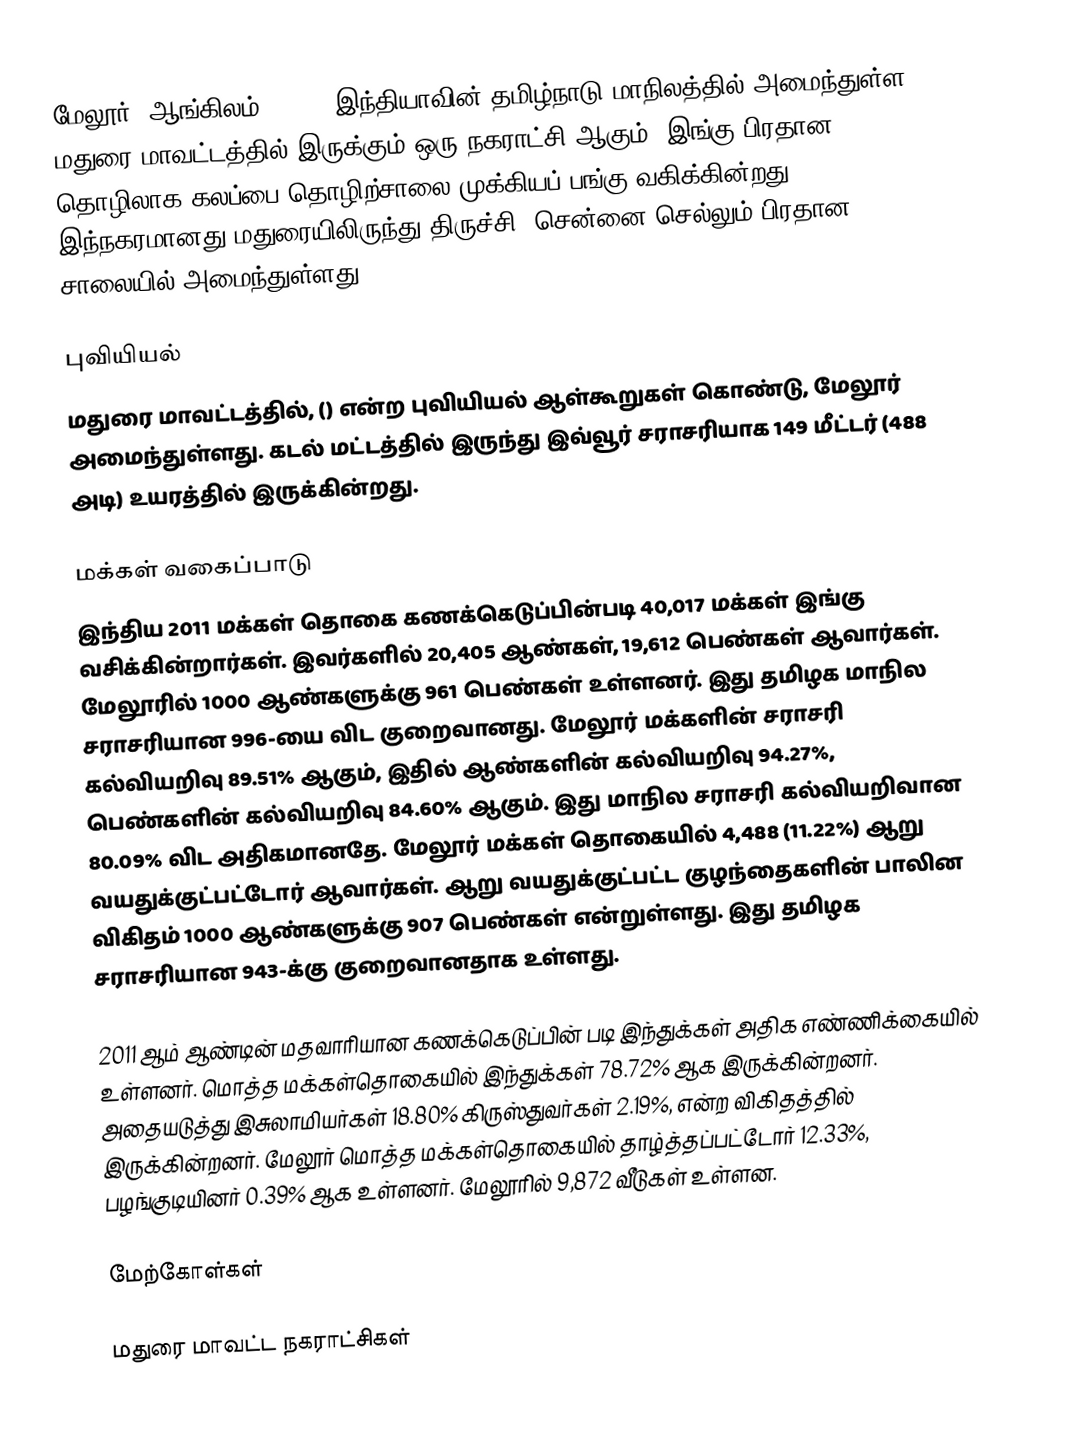
மேலூர் (ஆங்கிலம்:Melur) இந்தியாவின் தமிழ்நாடு மாநிலத்தில் அமைந்துள்ள மதுரை மாவட்டத்தில் இருக்கும் ஒரு நகராட்சி ஆகும். இங்கு பிரதான தொழிலாக கலப்பை தொழிற்சாலை முக்கியப் பங்கு வகிக்கின்றது. இந்நகரமானது மதுரையிலிருந்து திருச்சி, சென்னை செல்லும் பிரதான சாலையில் அமைந்துள்ளது.

புவியியல்
மதுரை மாவட்டத்தில், () என்ற புவியியல் ஆள்கூறுகள் கொண்டு, மேலூர் அமைந்துள்ளது. கடல் மட்டத்தில் இருந்து இவ்வூர் சராசரியாக 149 மீட்டர் (488 அடி) உயரத்தில் இருக்கின்றது.

மக்கள் வகைப்பாடு
இந்திய 2011 மக்கள் தொகை கணக்கெடுப்பின்படி 40,017 மக்கள் இங்கு வசிக்கின்றார்கள். இவர்களில் 20,405 ஆண்கள், 19,612 பெண்கள் ஆவார்கள். மேலூரில் 1000 ஆண்களுக்கு 961 பெண்கள் உள்ளனர். இது தமிழக மாநில சராசரியான 996-யை விட குறைவானது. மேலூர் மக்களின் சராசரி கல்வியறிவு 89.51% ஆகும், இதில் ஆண்களின் கல்வியறிவு 94.27%, பெண்களின் கல்வியறிவு 84.60% ஆகும். இது மாநில சராசரி கல்வியறிவான 80.09% விட அதிகமானதே. மேலூர் மக்கள் தொகையில் 4,488 (11.22%) ஆறு வயதுக்குட்பட்டோர் ஆவார்கள். ஆறு வயதுக்குட்பட்ட குழந்தைகளின் பாலின விகிதம் 1000 ஆண்களுக்கு 907 பெண்கள் என்றுள்ளது. இது தமிழக சராசரியான 943-க்கு குறைவானதாக உள்ளது.

2011 ஆம் ஆண்டின் மதவாரியான கணக்கெடுப்பின் படி இந்துக்கள் அதிக எண்ணிக்கையில் உள்ளனர். மொத்த மக்கள்தொகையில் இந்துக்கள் 78.72% ஆக இருக்கின்றனர். அதையடுத்து இசுலாமியர்கள் 18.80% கிருஸ்துவர்கள் 2.19%, என்ற விகிதத்தில் இருக்கின்றனர். மேலூர் மொத்த மக்கள்தொகையில் தாழ்த்தப்பட்டோர் 12.33%, பழங்குடியினர் 0.39% ஆக உள்ளனர். மேலூரில் 9,872 வீடுகள் உள்ளன.

மேற்கோள்கள்

மதுரை மாவட்ட நகராட்சிகள்